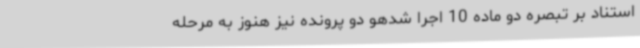
استناد بر تبصره دو ماده 10 اجرا شدهو دو پرونده نیز هنوز به مرحله